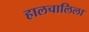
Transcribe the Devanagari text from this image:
हालचालिला